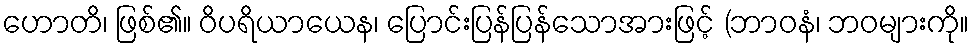
ဟောတိ၊ ဖြစ်၏။ ဝိပရိယာယေန၊ ပြောင်းပြန်ပြန်သောအားဖြင့် (ဘာဝနံ၊ ဘဝများကို။